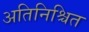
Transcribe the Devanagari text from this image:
अतिनिश्चित